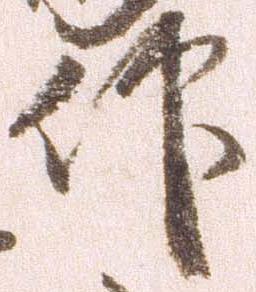
仰